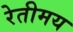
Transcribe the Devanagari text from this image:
रेतीमय